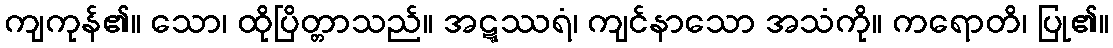
ကျကုန်၏။ သော၊ ထိုပြိတ္တာသည်။ အဋ္ဋဿရံ၊ ကျင်နာသော အသံကို။ ကရောတိ၊ ပြု၏။